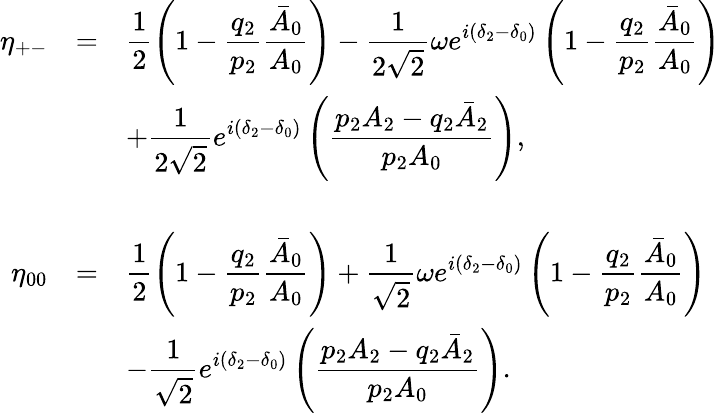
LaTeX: \begin{array}{rcl}{{\eta_{+-}}}&{{=}}&{{\displaystyle{\frac{1}{2}\left(1-\frac{q_{2}}{p_{2}}\frac{\bar{A}_{0}}{A_{0}}\right)-\frac{1}{2\sqrt{2}}\omega e^{i(\delta_{2}-\delta_{0})}\left(1-\frac{q_{2}}{p_{2}}\frac{\bar{A}_{0}}{A_{0}}\right)}}}\\ {{}}&{{}}&{{\displaystyle{+\frac{1}{2\sqrt{2}}e^{i(\delta_{2}-\delta_{0})}\left(\frac{p_{2}A_{2}-q_{2}\bar{A}_{2}}{p_{2}A_{0}}\right)},}}\\ {{}}&{{}}&{{}}\\ {{\eta_{00}}}&{{=}}&{{\displaystyle{\frac{1}{2}\left(1-\frac{q_{2}}{p_{2}}\frac{\bar{A}_{0}}{A_{0}}\right)+\frac{1}{\sqrt{2}}\omega e^{i(\delta_{2}-\delta_{0})}\left(1-\frac{q_{2}}{p_{2}}\frac{\bar{A}_{0}}{A_{0}}\right)}}}\\ {{}}&{{}}&{{\displaystyle{-\frac{1}{\sqrt{2}}e^{i(\delta_{2}-\delta_{0})}\left(\frac{p_{2}A_{2}-q_{2}\bar{A}_{2}}{p_{2}A_{0}}\right)}.}}\end{array}